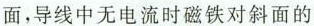
面，导线中无电流时磁铁对斜面的